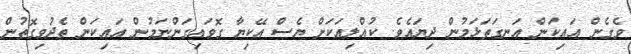
ވެގެން އައިކަން އަނގަތަޅަމުން ދިޔައެވެ. ކުއްލިއަކަށް ޔެސް އޭކިޔާ ގޮވައިގަންނަމުން އައިކަން ތެދުވިގޮތުން